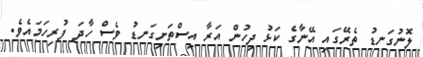
ލޮނުގަނޑު ތެރޭގައި އޭނާގެ ކަޅު ދިހުން އަރާ އިސްތަށިގަނޑު ވެސް ހާދަ ފުރިހަމައެވެ.